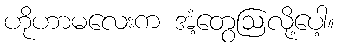
ဟိုဟာမလေးက အံ့တွေဩလို့ပေါ့။